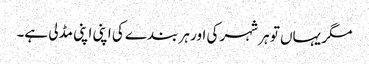
مگر یہاں تو ہر شہر کی اور ہر بندے کی اپنی اپنی مڈلی ہے۔